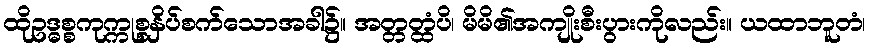
ထိုဥဒ္ဓစ္စကုက္ကုစ္စနှိပ်စက်သောအခါ၌။ အတ္တတ္ထံပိ၊ မိမိ၏အကျိုးစီးပွားကိုလည်း။ ယထာဘူတံ၊